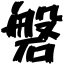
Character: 磐